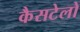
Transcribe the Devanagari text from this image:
कैसटेलो